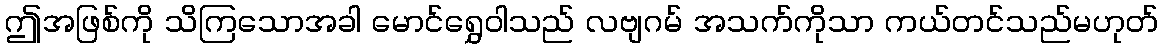
ဤအဖြစ်ကို သိကြသောအခါ မောင်ရွှေဝါသည် လဗျဂမ် အသက်ကိုသာ ကယ်တင်သည်မဟုတ်